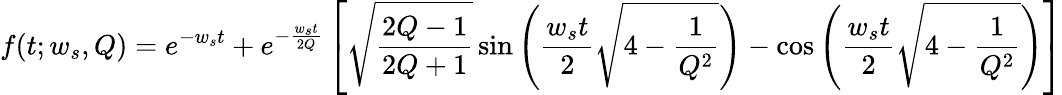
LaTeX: f(t;w_{s},Q)=e^{-w_{s}t}+e^{-\frac{w_{s}t}{2Q}}\left[\sqrt{\frac{2Q-1}{2Q+1}}\sin\left(\frac{w_{s}t}{2}\sqrt{4-\frac{1}{Q^{2}}}\right)-\cos\left(\frac{w_{s}t}{2}\sqrt{4-\frac{1}{Q^{2}}}\right)\right]